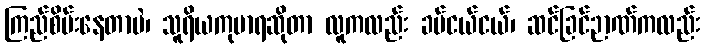
ကြည်စိမ်းနေတာပဲ၊ သူရိယကုမာရဆိုတာ လူကလည်း ခပ်ငယ်ငယ်၊ ဆင်ခြင်ဉာဏ်ကလည်း